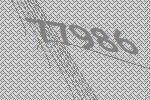
77986